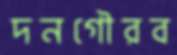
দনগৌরব